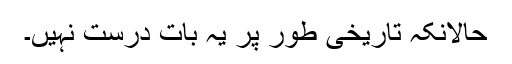
حالانکہ تاریخی طور پر یہ بات درست نہیں۔